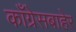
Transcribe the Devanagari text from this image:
काँग्रेसबाहेर